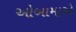
ઓબામાએ